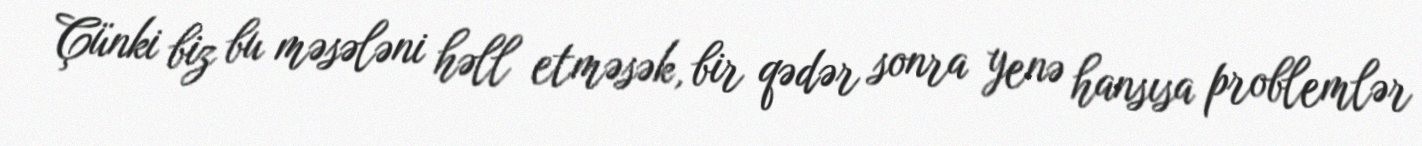
Çünki biz bu məsələni həll etməsək, bir qədər sonra yenə hansısa problemlər